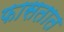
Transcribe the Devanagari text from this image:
फासतात